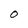
Character: O